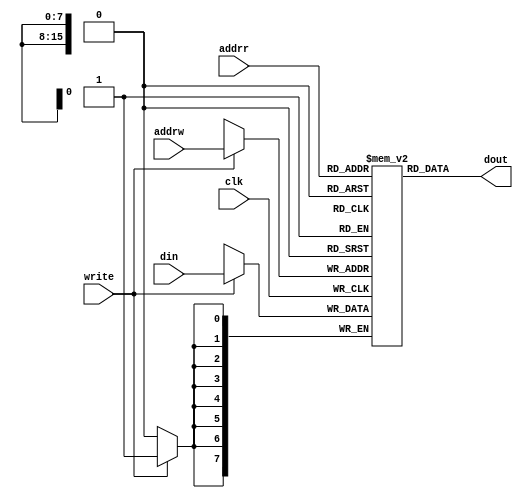
// This is a 64k by 8 bit memory model for testing the fifo design
// This memory has 3-4 ns of delay on the output
// It is just a model for simulation purposes 
//
// San Jose State University
//
`timescale 1ns/100ps


module mem64kx8(clk,addrw,din,write,addrr,dout);
input clk,write;
input [15:0] addrw;
input [15:0] addrr;
input [7:0] din;
output [7:0] dout;
reg [7:0] delayedOut ;

reg [7:0] fifo[0:65535];

always @(posedge(clk)) begin
	if(write) begin
		#0.05;	// check for hold time...
		fifo[addrw]=din;
	end
end
always @(addrr or addrw or write) begin
	delayedOut <= #3 fifo[addrr];
end

assign dout=delayedOut;

endmodule